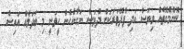
ކޮންމެގޮތެއް ވިޔަސް އަދި ފުދޭވަރަކަށް ދުވަސް ނަގާނެހެން ހީވަނީ މި ބަދަލެއް އައިސް